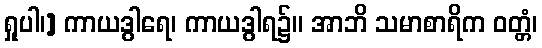
ရှုပါ၊] ကာယဒွါရေ၊ ကာယဒွါရ၌။ အာဘိ သမာစာရိက ဝတ္တံ၊